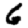
Digit: 6